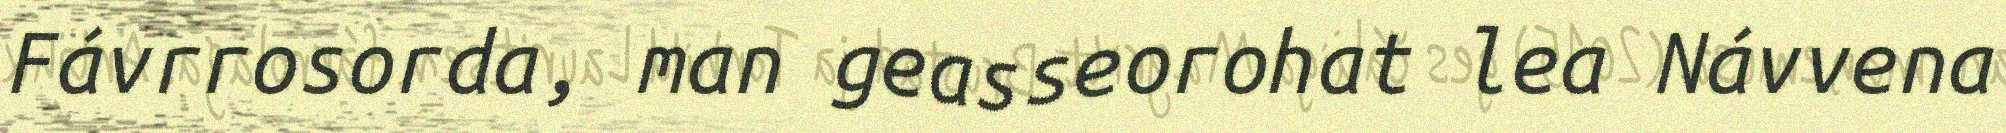
Fávrrosorda, man geasseorohat lea Návvena